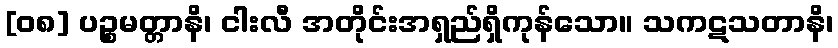
[၀၈] ပဉ္စမတ္တာနိ၊ ငါးလီ အတိုင်းအရှည်ရှိကုန်သော။ သကဋသတာနိ၊